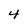
Character: 4